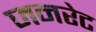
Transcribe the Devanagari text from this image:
जनरेट